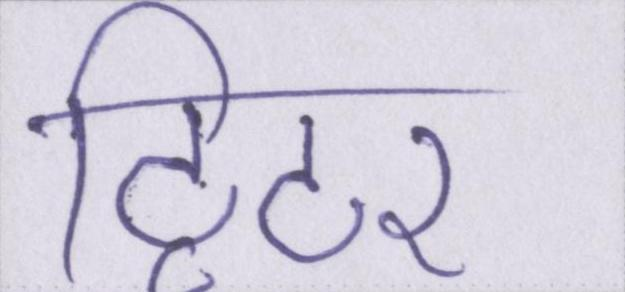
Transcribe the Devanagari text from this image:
ट्विटर